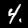
Label: 4